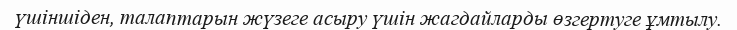
үшіншіден, талаптарын жүзеге асыру үшін жагдайларды өзгертуге ұмтылу.